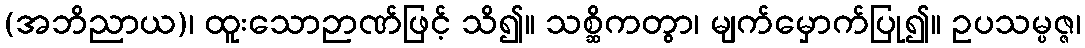
(အဘိညာယ)၊ ထူးသောဉာဏ်ဖြင့် သိ၍။ သစ္ဆိကတွာ၊ မျက်မှောက်ပြု၍။ ဥပသမ္ပဇ္ဇ၊